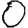
Digit: 0